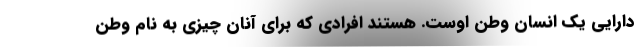
دارایی یک انسان وطن اوست. هستند افرادی که برای آنان چیزی به نام وطن